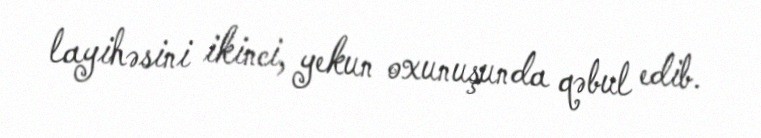
layihəsini ikinci, yekun oxunuşunda qəbul edib.